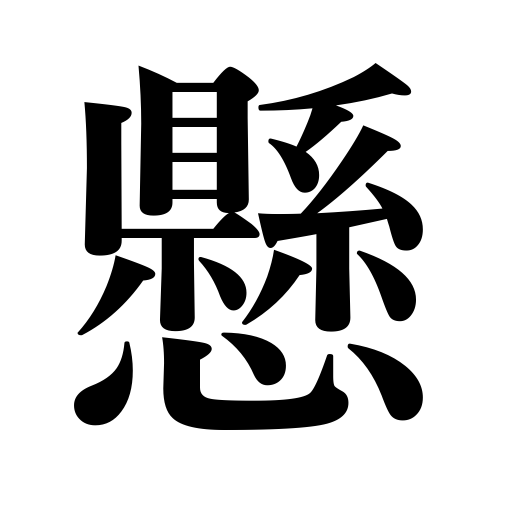
Meanings: ring up,begin,set up a ladder,install,be caught,require,wind,be suspended from,sit down,weigh,spend on,arrive at,construct,is now showing at,levy,oppose,turn on radio,start a machine,offer prizes,play against,hang,weigh a pound,multiply,be trapped,be splashed,cost,put on,the instrument or tool works,set on fire,hang on,consult,attack,sprinkle,be levied,pour on,fall on,put under treatment,depend on a son,cover,pay in installments,be built,anchor